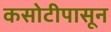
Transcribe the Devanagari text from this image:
कसोटीपासून